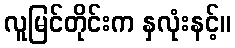
လူမြင်တိုင်းက နှလုံးနင့်။